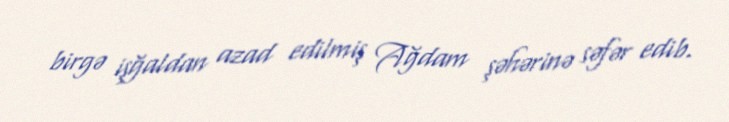
birgə işğaldan azad edilmiş Ağdam şəhərinə səfər edib.